Annual administration report of the Civil Veterinary Department, Ajmere-Merwara, British Rajputana - 1914-1940
Year: 1914
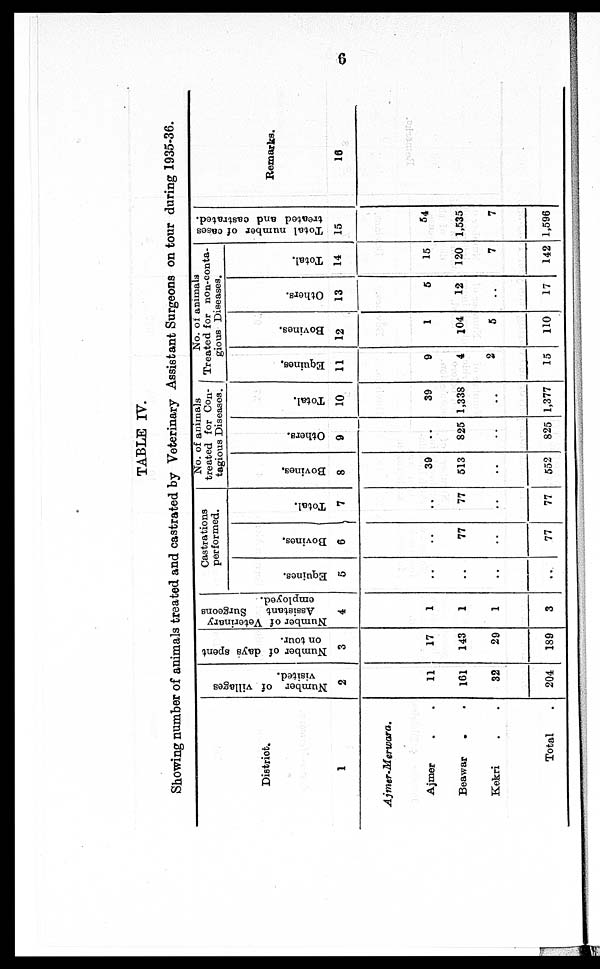
6
TABLE IV.
Showing number of animals treated and castrated by Veterinary Assistant Surgeons on tour during 1935-36.
District.
1
Ajmer-Merwara.
Ajmer . .
Beawar . .
Kekri . .
Total .
Number of villages
visited.
2
11
161
32
204
Number of days spent
on tour.
3
17
143
29
189
Number of Veterinary
Assistant
Surgeons
employed.
4
1
1
1
3
Castrations
performed.
Equines.
5
..
..
..
..
Bovines.
6
..
77
..
77
Total.
7
..
77
..
77
No. of animals
treated for Con-
tagious Diseases.
Bovines.
8
39
513
..
552
Others.
9
..
825
..
825
Total.
10
39
1,338
..
1,377
No. of animals
Treated for non-conta¬
gious Diseases.
Equines.
11
9
4
2
15
Bovines.
12
1
104
5
110
Others.
13
5
12
..
17
Total.
14
15
120
7
142
Total number of cases
treated and castrated.
15
54
1,535
7
1,596
Remarks.
16